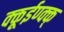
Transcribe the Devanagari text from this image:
क्कूईण्क्क्